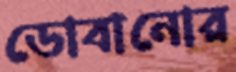
ডোবানোর